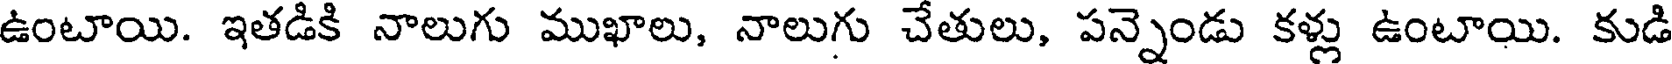
ఉంటాయి. ఇతడికి నాలుగు ముఖాలు, నాలుగు చేతులు, పన్నెండు కళ్లు ఉంటాయి. కుడి